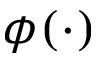
\phi ( \cdot )